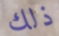
ذلك